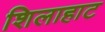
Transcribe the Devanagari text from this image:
शिलाहाट